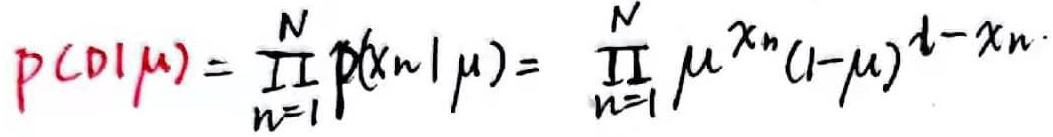
\[ p(D|\mu) = \prod_{n=1}^{N} p(x_n|\mu) = \prod_{n=1}^{N} \mu^{x_n} (1 - \mu)^{1 - x_n} \]